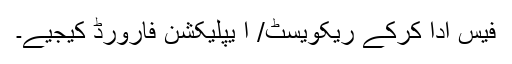
فیس ادا کرکے ریکویسٹ/ ا یپلیکشن فارورڈ کیجیے۔